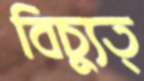
বিচ্যুত্